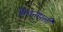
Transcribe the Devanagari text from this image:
त्रिचनापली